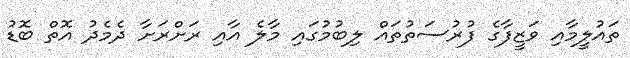
ތައުލީމާއި ވަޒީފާގެ ފުރުސަތުތައް ލިބުމުގައި މާލެ އާއި ރަށްރަށާ ދެމެދު އޮތް ބޮޑު